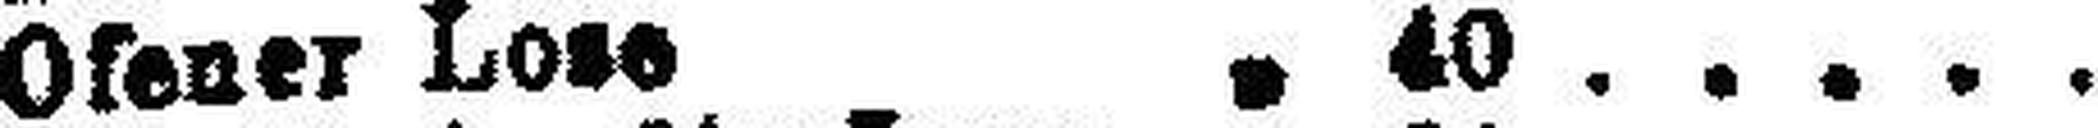
Ofener Lose " 40